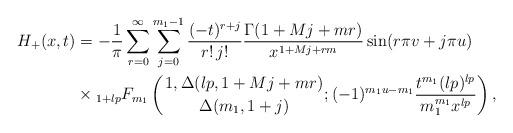
LaTeX: \begin{align*}H_{+}(x, t) &= -\frac{1}{\pi} \sum_{r=0}^{\infty} \sum_{j=0}^{m_{1}-1} \frac{(-t)^{r+j}}{r!\, j!} \frac{\Gamma(1 + Mj + mr)}{x^{1 + Mj + rm}} \sin(r\pi v + j\pi u) \\& \times {_{1+lp} F_{m_{1}}}\left({1, \Delta(lp, 1+ Mj + mr) \atop \Delta(m_{1}, 1 + j)}; (-1)^{m_{1}u - m_{1}} \frac{t^{m_{1}} (lp)^{lp}}{m_{1}^{m_{1}} x^{lp}}\right),\end{align*}